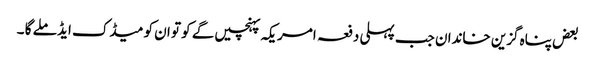
بعض پناہ گزین خاندان جب پہلی دفعہ امریکہ پہنچیں گے کو تو ان کو میڈک ایڈ ملے گا ۔